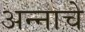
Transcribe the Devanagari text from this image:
अन्‍नाचे